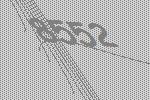
8552